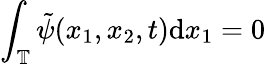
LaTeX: \int_{\mathbb{T}}\tilde{\psi}(x_{1},x_{2},t)\mathrm{d}x_{1}=0